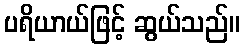
ပရိယာယ်ဖြင့် ဆွယ်သည်။